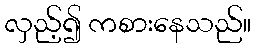
လှည့်၍ ကစားနေသည်။